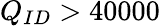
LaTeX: Q_{ID}>40000